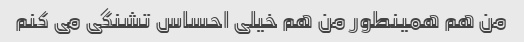
من هم همینطور من هم خیلی احساس تشنگی می کنم